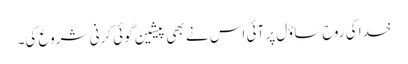
خدا کی روح ساؤل پر آئی اس نے بھی پیشین گوئی کرنی شروع کی۔